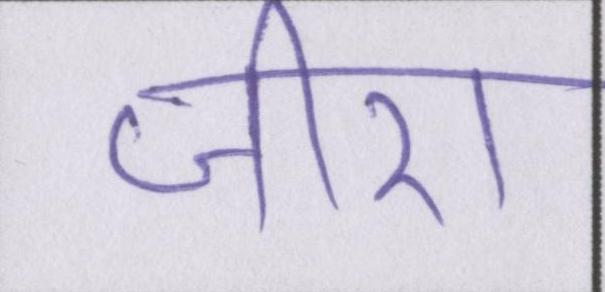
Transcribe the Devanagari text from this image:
जीरा